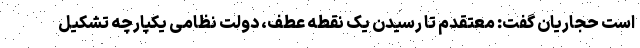
است حجاریان گفت: معتقدم تا رسیدن یک نقطه عطف، دولت نظامی یکپارچه تشکیل